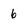
Character: 6